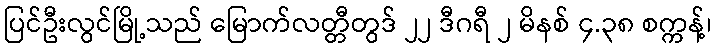
ပြင်ဦးလွင်မြို့သည် မြောက်လတ္တီတွဒ် ၂၂ ဒီဂရီ ၂ မိနစ် ၄.၃၈ စက္ကန့်၊